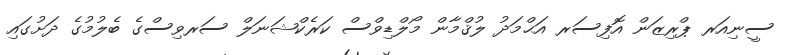
ސީނިއަރ ޕްރިޒަން އޮފިސަރ އަޙްމަދު ލުޤްމާން މޯލްޑިވްސް ކަރެކްޝަނަލް ސަރވިސްގެ ބެލުމުގެ ދަށުގައި